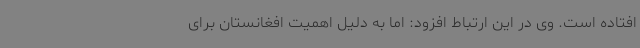
افتاده است. وی در این ارتباط افزود: اما به دلیل اهمیت افغانستان برای